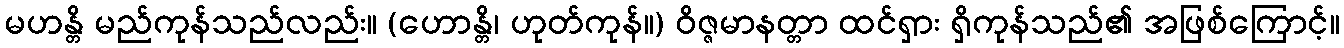
မဟန္တိ မည်ကုန်သည်လည်း။ (ဟောန္တိ၊ ဟုတ်ကုန်။) ဝိဇ္ဇမာနတ္တာ ထင်ရှား ရှိကုန်သည်၏ အဖြစ်ကြောင့်။